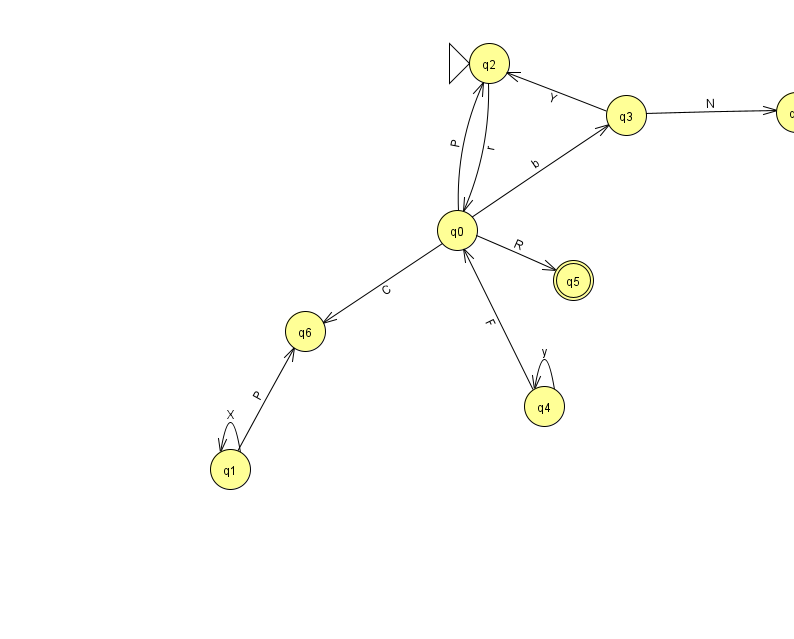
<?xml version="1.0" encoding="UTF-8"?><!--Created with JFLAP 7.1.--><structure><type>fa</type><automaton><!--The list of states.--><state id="0" name="q0"><x>457.0</x><y>217.0</y></state><state id="1" name="q1"><x>230.0</x><y>456.0</y></state><state id="2" name="q2"><x>489.0</x><y>50.0</y><initial/></state><state id="3" name="q3"><x>626.0</x><y>102.0</y></state><state id="4" name="q4"><x>544.0</x><y>393.0</y></state><state id="5" name="q5"><x>573.0</x><y>267.0</y><final/></state><state id="6" name="q6"><x>305.0</x><y>318.0</y></state><state id="7" name="q7"><x>796.0</x><y>99.0</y></state><!--The list of transitions.--><transition><from>0</from><to>3</to><read>b</read></transition><transition><from>0</from><to>6</to><read>C</read></transition><transition><from>3</from><to>2</to><read>Y</read></transition><transition><from>4</from><to>0</to><read>F</read></transition><transition><from>3</from><to>7</to><read>N</read></transition><transition><from>1</from><to>1</to><read>X</read></transition><transition><from>1</from><to>6</to><read>P</read></transition><transition><from>4</from><to>4</to><read>y</read></transition><transition><from>2</from><to>0</to><read>r</read></transition><transition><from>0</from><to>2</to><read>P</read></transition><transition><from>0</from><to>5</to><read>R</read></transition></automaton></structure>